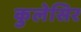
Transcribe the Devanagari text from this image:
कुलेसिर